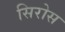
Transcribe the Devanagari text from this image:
सिरोस